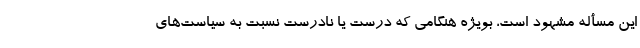
این مسأله مشهود است، بویژه هنگامی که درست یا نادرست نسبت به سیاست‌های